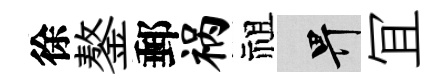
徐鏊郵祸祖畀冝